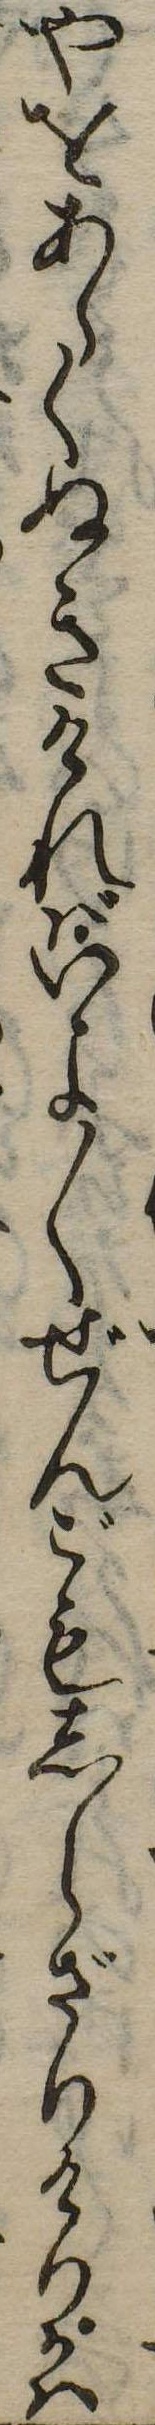
やをあらくぬきければいよ〱ぜんごもしらざりけりかは